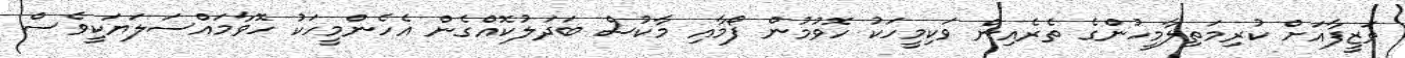
ވަޒީފާއަށް ކުރިމަތިލާމީހުންގެ ތެރެއިން ވަކިމީހަކު ހޮވުމުން ފޯމާއި މާކުސް ބަދަލުކޮއްގެން އެހެންމީހަކު ހޮވާމައްސަލަޔަކީވެސް